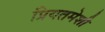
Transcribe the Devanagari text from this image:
प्रियतमेशी